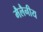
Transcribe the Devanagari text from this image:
मैलैनीय